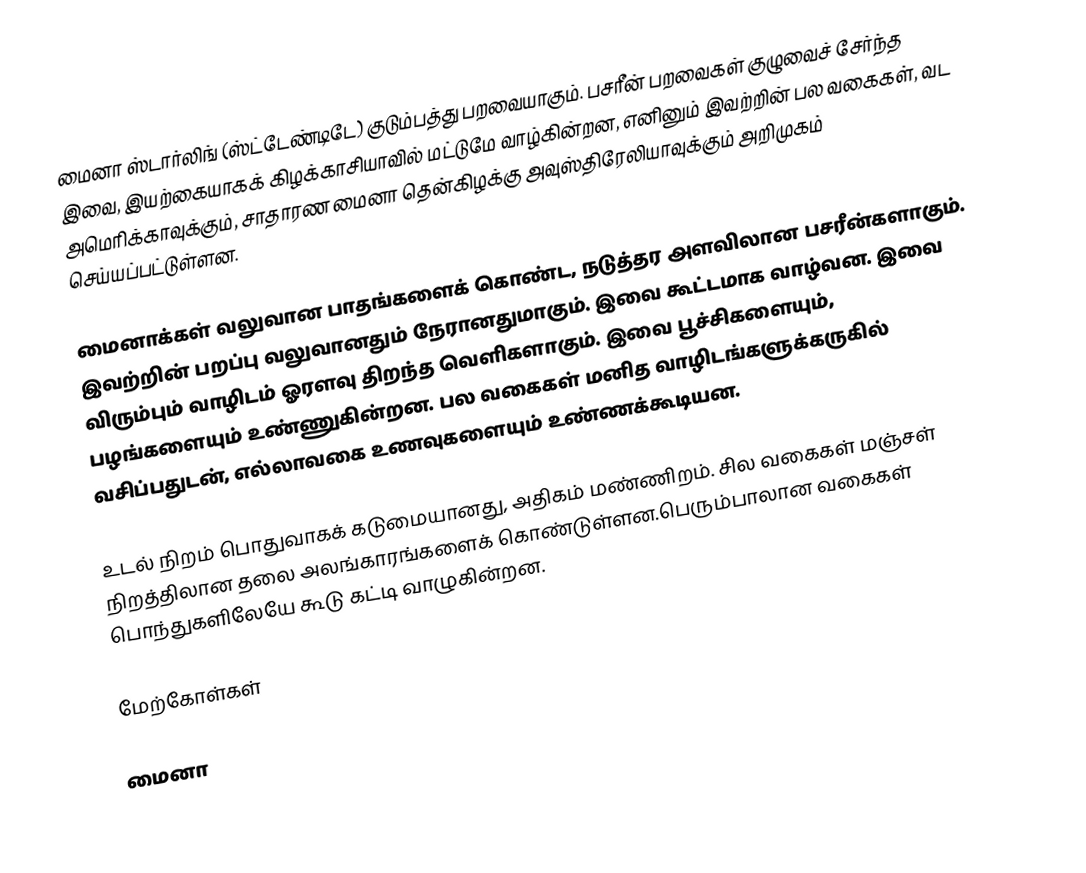
மைனா ஸ்டார்லிங் (ஸ்ட்டேண்டிடே) குடும்பத்து பறவையாகும். பசரீன் பறவைகள் குழுவைச் சேர்ந்த இவை, இயற்கையாகக் கிழக்காசியாவில் மட்டுமே வாழ்கின்றன, எனினும் இவற்றின் பல வகைகள், வட அமெரிக்காவுக்கும், சாதாரண மைனா தென்கிழக்கு அவுஸ்திரேலியாவுக்கும் அறிமுகம் செய்யப்பட்டுள்ளன.

மைனாக்கள் வலுவான பாதங்களைக் கொண்ட, நடுத்தர அளவிலான பசரீன்களாகும். இவற்றின் பறப்பு வலுவானதும் நேரானதுமாகும். இவை கூட்டமாக வாழ்வன. இவை விரும்பும் வாழிடம் ஓரளவு திறந்த வெளிகளாகும். இவை பூச்சிகளையும், பழங்களையும் உண்ணுகின்றன. பல வகைகள் மனித வாழிடங்களுக்கருகில் வசிப்பதுடன், எல்லாவகை உணவுகளையும் உண்ணக்கூடியன.

உடல் நிறம் பொதுவாகக் கடுமையானது, அதிகம் மண்ணிறம். சில வகைகள் மஞ்சள் நிறத்திலான தலை அலங்காரங்களைக் கொண்டுள்ளன.பெரும்பாலான வகைகள் பொந்துகளிலேயே கூடு கட்டி வாழுகின்றன.

மேற்கோள்கள்

மைனா